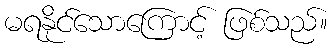
မရနိုင်သောကြောင့် ဖြစ်သည်။